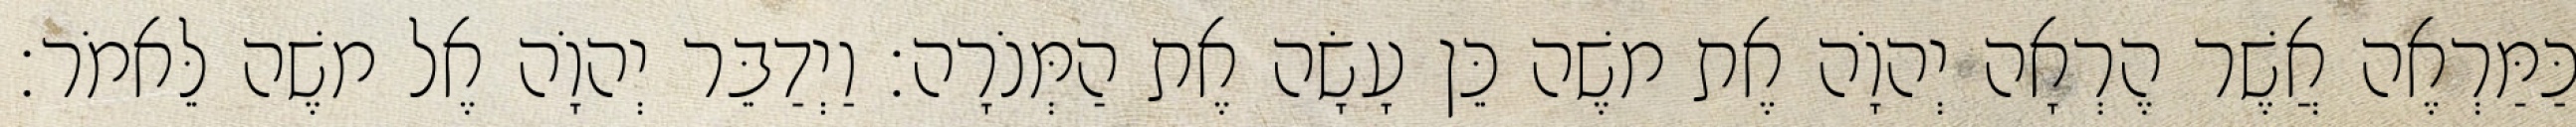
כַּמַּרְאֶה אֲשֶׁר הֶרְאָה יְהוָֹה אֶת משֶׁה כֵּן עָשָׂה אֶת הַמְּנֹרָה׃ וַיְדַבֵּר יְהוָֹה אֶל משֶׁה לֵּאמֹר׃